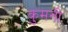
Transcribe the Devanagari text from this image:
कुमनी